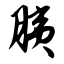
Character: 胰